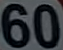
60